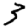
Digit: 3